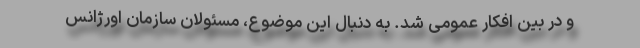
و در بین افکار عمومی شد. به دنبال این موضوع، مسئولان سازمان اورژانس